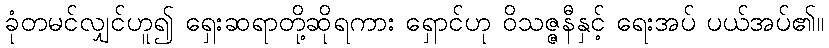
ခုံတမင်လျှင်ဟူ၍ ရှေးဆရာတို့ဆိုရကား ရှောင်ဟု ဝိသဇ္ဇနီနှင့် ရေးအပ် ပယ်အပ်၏။